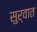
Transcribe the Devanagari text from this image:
सुर्वात